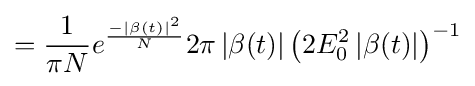
={\frac {1}{\pi N}}e^{\frac {-{\left\vert \beta (t)\right\vert }^{2}}{N}}2\pi \left\vert \beta (t)\right\vert {\left(2E_{0}^{2}\left\vert \beta (t)\right\vert \right)}^{-1}